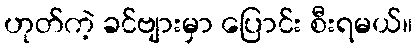
ဟုတ်ကဲ့ ခင်ဗျားမှာ ပြောင်း စီးရမယ်။